Rangoon Lunatic Asylum 1898-1906 - 1898-1906
Year: 1898
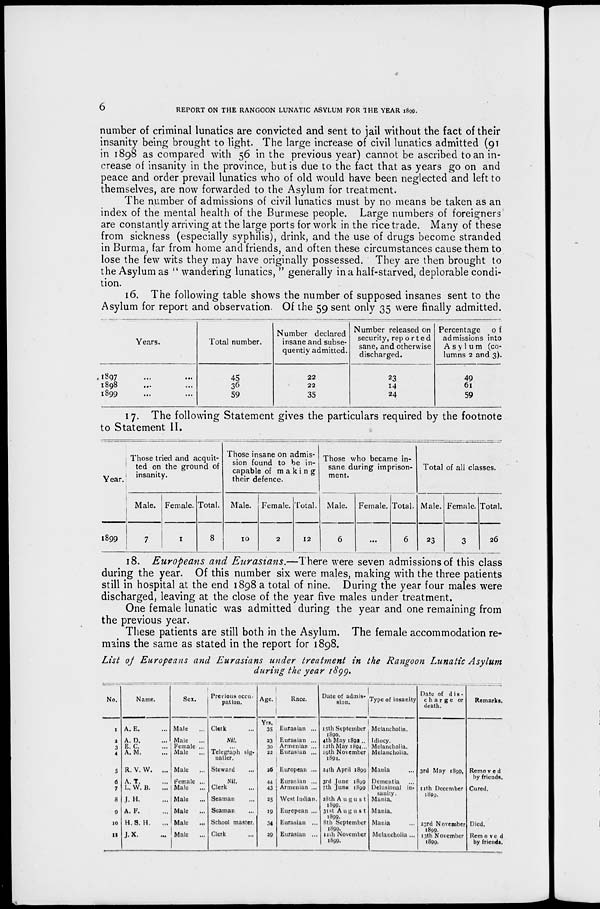
6
REPORT ON THE RANGOON LUNATIC ASYLUM FOR THE YEAR 1899.
number of criminal lunatics are convicted and sent to jail without the fact of their
insanity being brought to light. The large increase of civil lunatics admitted (91
in 1898 as compared with 56 in the previous year) cannot be ascribed to an in-
crease of insanity in the province, but is due to the fact that as years go on and
peace and order prevail lunatics who of old would have been neglected and left to
themselves, are now forwarded to the Asylum for treatment.
The number of admissions of civil lunatics must by no means be taken as an
index of the mental health of the Burmese people. Large numbers of foreigners
are constantly arriving at the large ports for work in the rice trade. Many of these
from sickness (especially syphilis), drink, and the use of drugs become stranded
in Burma, far from home and friends, and often these circumstances cause them to
lose the few wits they may have originally possessed. They are then brought to
the Asylum as " wandering lunatics, " generally in a half-starved, deplorable condi-
tion.
16. The following table shows the number of supposed insanes sent to the
Asylum for report and observation. Of the 59 sent only 35 were finally admitted.
Years.
1897 ... ...
1898 ... ...
1899 ... ...
Total number.
45
36
59
Number declared
insane and subse-
quently admitted.
22
22
35
Number released on
security, reported
sane, and otherwise
discharged.
23
14
24
Percentage
of
admissions into
Asylum (co-
lumns 2 and 3).
49
61
59
17. The following Statement gives the particulars required by the footnote
to Statement II.
Year.
1899
Those tried and acquit-
ted on the ground of
insanity.
Male.
7
Female.
1
Total.
8
Those insane on admis-
sion found to be in¬
capable of making
their defence.
Male.
10
Female.
2
Total.
12
Those who became in-
sane during imprison-
ment.
Male.
6
Female.
...
Total.
6
Total of all classes.
Male.
23
Female.
3
Total.
26
18. Europeans and Eurasians.—There were seven admissions of this class
during the year. Of this number six were males, making with the three patients
still in hospital at the end 1898 a total of nine. During the year four males were
discharged, leaving at the close of the year five males under treatment.
One female lunatic was admitted during the year and one remaining from
the previous year.
These patients are still both in the Asylum. The female accommodation re-
mains the same as stated in the report for 1898.
List of Europeans and Eurasians under treatment in the Rangoon Lunatic Asylum
during the year 1899.
No.
1
2
3
4
5
6
7
8
9
10
II
Name.
A. E. ...
A. D. ...
E. C. ...
A. M. ...
R. V. W.
...
A. T. ...
I.. W. B. ...
J. H. ...
A. F. ...
H.S. H. ...
J.X. ...
Sex.
Male ...
Male ...
Female ...
Male ...
Male ...
Female ...
Male ...
Male ...
Male
...
Male
...
Male
...
Previous occu-
pation.
Clerk ...
Nil.
...
Telegraph sig¬
nailer.
Steward ...
Nil.
Clerk ...
Seaman ...
Seaman ...
School master.
Clerk ...
Age.
Yrs.
35
23
30
22
26
44
43
25
19
34
29
Race.
Eurasian ...
Eurasian ...
Armenian ...
Eurasian ...
European ...
Eurasian ...
Armenian ...
West Indian.
European ...
Eurasian ...
Eurasian ...
Date of admis-
sion.
15th September
1890.
4th May 1892 ..
12th May 1894...
19th November
1894.
34th April 1899
3rd June 1899
7th June 1899
28th August
1899.
31st August
1899.
8th September
1899.
11 th November
1899.
Type of insanity
Melancholia.
Idiocy.
Melancholia.
Melancholia.
Mania ...
Dementia ...
Delusional in-
sanity.
Mania.
Mania.
Mania
Melancholia ...
Date of dis¬
------ or
death.
3rd May 1899.
11th December
1899.
23rd November
1899.
13th November
1899.
Remarks.
Removed
by friends.
Cured.
Died.
Removed
by friends.